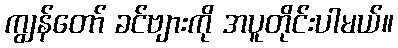
ကျွန်တော် ခင်ဗျားကို အပူတိုင်းပါမယ်။